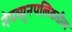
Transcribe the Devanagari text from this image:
नेपच्यूनपलिकडील